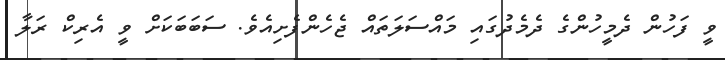
ވީ ފަހުން ދެމީހުންގެ ދެމެދުގައި މައްސަލަތައް ޖެހެންފެށިއެވެ. ސަބަބަކަށް ވީ އެރިކް ރަލާ